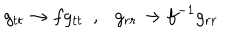
g _ { t t } \rightarrow f g _ { t t } ~ ~ , g _ { r r } \rightarrow f ^ { - 1 } g _ { r r }